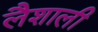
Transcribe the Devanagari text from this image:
लैशाली